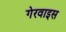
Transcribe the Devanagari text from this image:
गेरवाइस